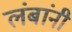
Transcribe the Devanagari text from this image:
लंबांनी